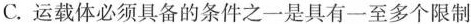
C. 运载体必须具备的条件之一是具有一至多个限制